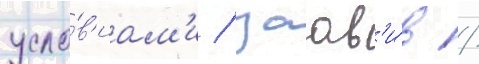
усло́в'иам'и / заав'и́в /